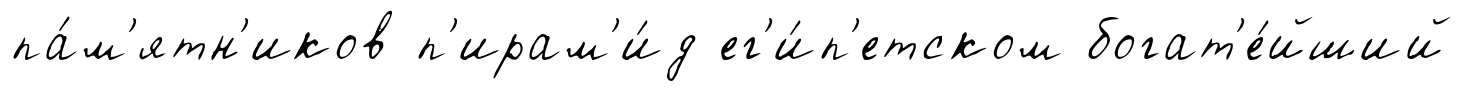
па́м'ятн'иков п'ирам'и́д ег'и́п'етском богат'е́йший